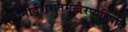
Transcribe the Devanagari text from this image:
सेनानीर्दशशतमुखैरप्यहिपति